system: You are a helpful assistant.
user:
Analyze the provided spectrum to determine if it is a **"Cataclysmic Variables (CV)"**.

- **Key Indicators for CV (Check for either state):**
    - **State 1: Quiescent / Low-State (Emission-Dominated)**
        - **(Primary):** Strong and *very broad* Hydrogen Balmer emission lines (e.g., $H\alpha$ at 6563 Å, $H\beta$ at 4861 Å). The 'broadness' (high velocity dispersion, often FWHM > 1000 km/s) is the key diagnostic, indicating a high-velocity accretion disk.
        - **(Secondary):** Broad neutral Helium (He I) emission lines (e.g., 5876 Å, 6678 Å).
        - **(Key Confirmation):** Presence of high-excitation *ionized* Helium (He II) emission at 4686 Å. This is a strong indicator of accretion onto a white dwarf.
        - **(Line Profile):** Emission lines may exhibit a 'double-peaked' profile, which is a classic signature of a rotating accretion disk viewed at high inclination.

    - **State 2: Outburst / High-State (Absorption-Dominated)**
        - **(Primary):** Spectrum is dominated by a bright, blue continuum (looks like a hot star).
        - **(Secondary):** The emission lines from State 1 are weak, absent, or 'filled in', and are replaced by broad, shallow *absorption* lines (primarily Balmer and He I).
        - **(Morphology):** The overall spectrum mimics a hot B/A-type star. The crucial difference is that the absorption lines are significantly broader, shallower, and more 'washed-out' (or 'smeared') than the sharp lines of a normal stellar photosphere, due to high rotational speeds and pressure broadening in the disk.

Think first, call **spectral_visualization_tool** if needed to examine features in detail, then provide your final answer. Your response must adhere to the following strict rules:
1.  **Overall Structure:** Your response must follow the format `<think>...</think> <tool_call>...</tool_call> (if a tool is used) <answer>...</answer>`.
2.  **Tool Usage Constraint:** You may only make **one** tool call per turn.
3.  **Final Answer Format:** In the `<answer>` tag, your conclusion must be inside a `\boxed{}` command (e.g., `\boxed{YES}`), followed by your justification.

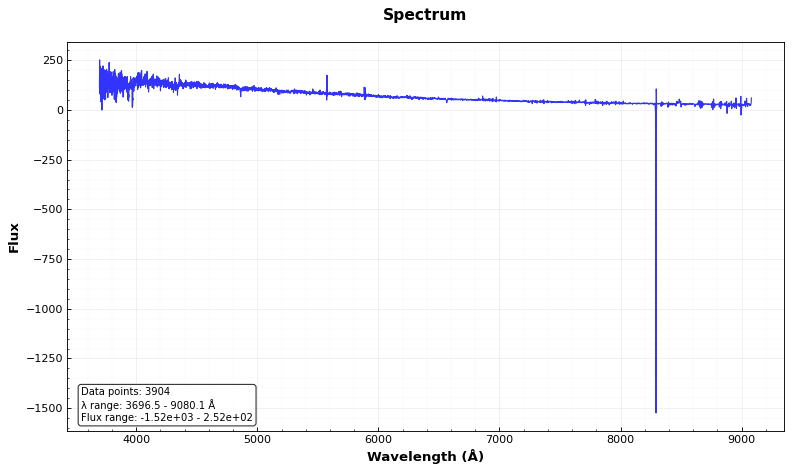
Answer: NO